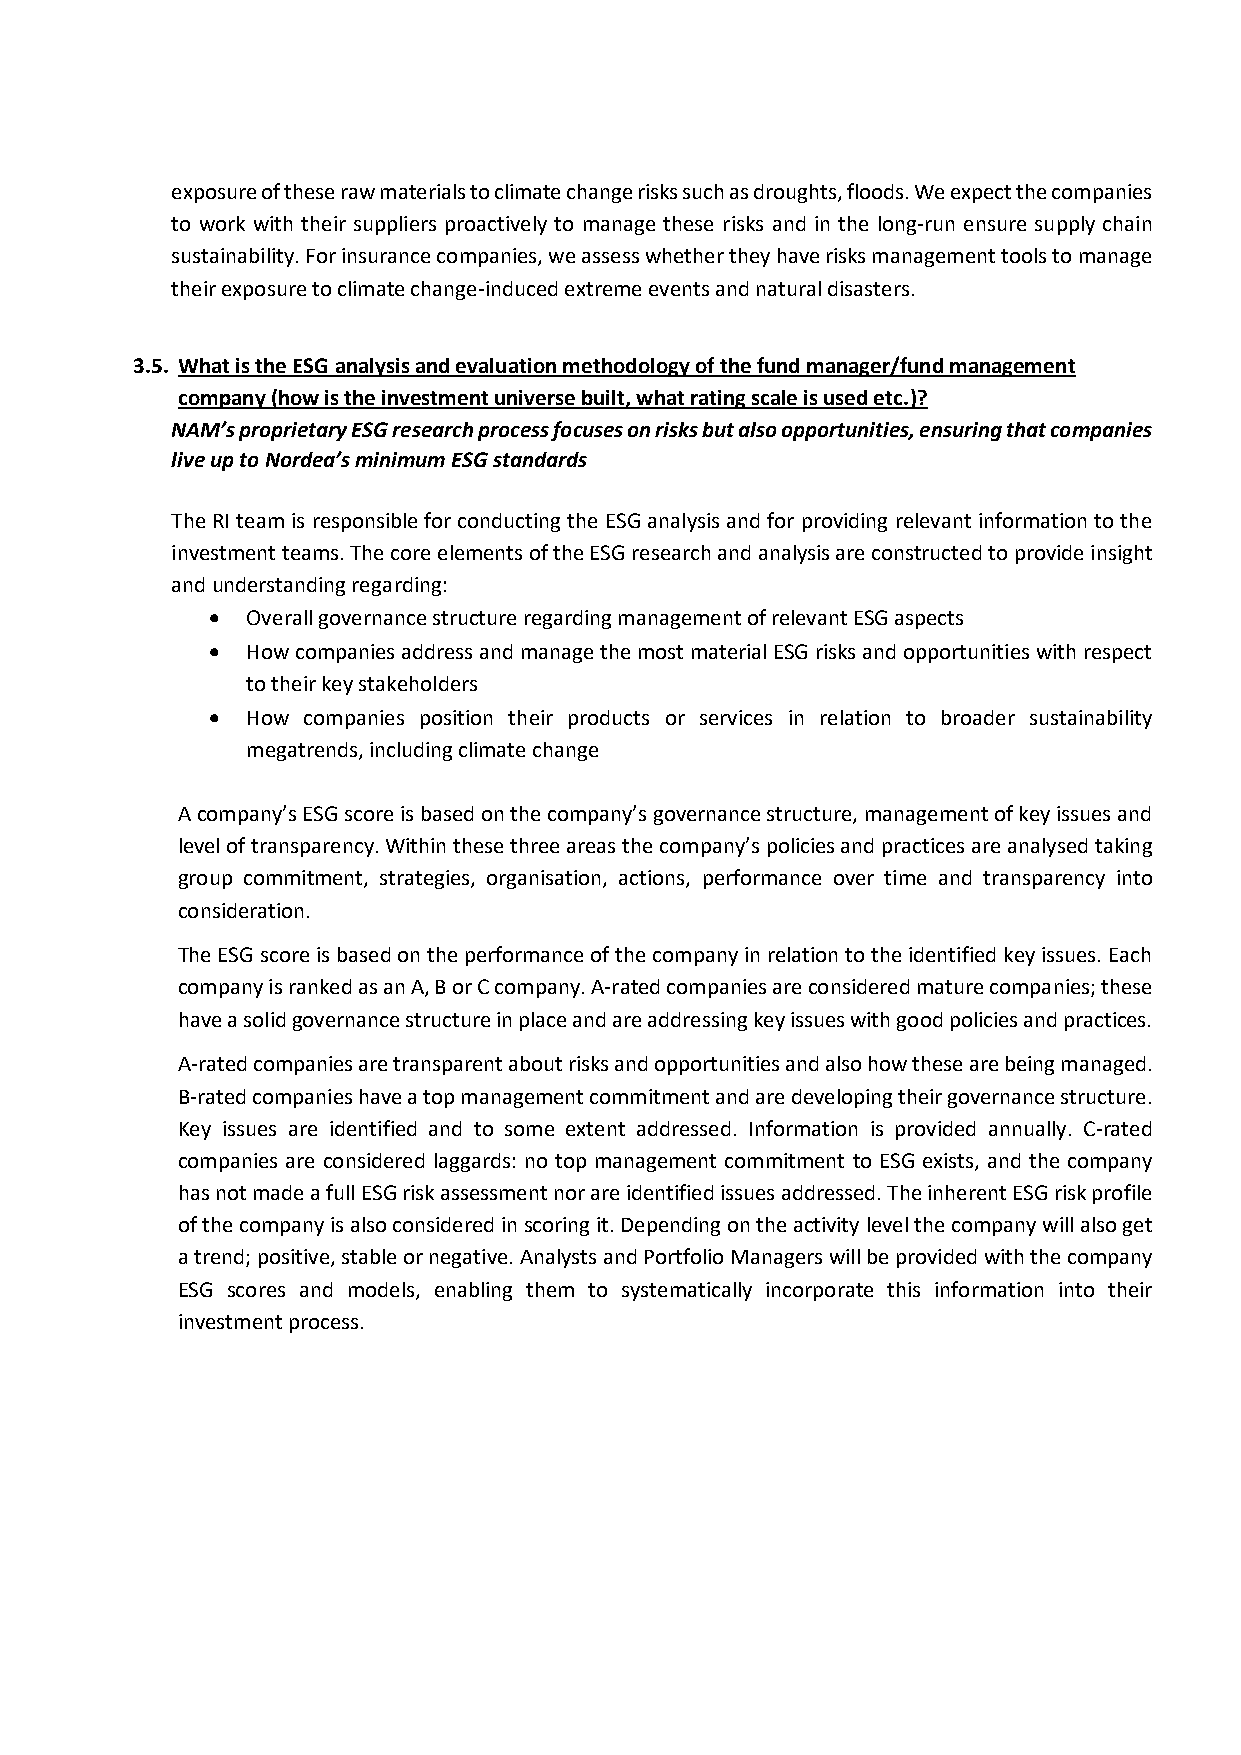
exposure of these raw materials to climate change risks such as droughts, floods. We expect the companies
 to work with their suppliers proactively to manage these risks and in the long-run ensure supply chain
 sustainability. For insurance companies, we assess whether they have risks management tools to manage
 their exposure to climate change-induced extreme events and natural disasters.
 3.5. What is the ESG analysis and evaluation methodology of the fund manager/fund management
 company (how is the investment universe built, what rating scale is used etc.)?
 NAM’s proprietary ESG research process focuses on risks but also opportunities, ensuring that companies
 live up to Nordea’s minimum ESG standards
 The RI team is responsible for conducting the ESG analysis and for providing relevant information to the
 investment teams. The core elements of the ESG research and analysis are constructed to provide insight
 and understanding regarding:
 • Overall governance structure regarding management of relevant ESG aspects
 • How companies address and manage the most material ESG risks and opportunities with respect
 to their key stakeholders
 • How companies position their products or services in relation to broader sustainability
 megatrends, including climate change
 A company’s ESG score is based on the company’s governance structure, management of key issues and
 level of transparency. Within these three areas the company’s policies and practices are analysed taking
 group commitment, strategies, organisation, actions, performance over time and transparency into
 consideration.
 The ESG score is based on the performance of the company in relation to the identified key issues. Each
 company is ranked as an A, B or C company. A-rated companies are considered mature companies; these
 have a solid governance structure in place and are addressing key issues with good policies and practices.
 A-rated companies are transparent about risks and opportunities and also how these are being managed.
 B-rated companies have a top management commitment and are developing their governance structure.
 Key issues are identified and to some extent addressed. Information is provided annually. C-rated
 companies are considered laggards: no top management commitment to ESG exists, and the company
 has not made a full ESG risk assessment nor are identified issues addressed. The inherent ESG risk profile
 of the company is also considered in scoring it. Depending on the activity level the company will also get
 a trend; positive, stable or negative. Analysts and Portfolio Managers will be provided with the company
 ESG scores and models, enabling them to systematically incorporate this information into their
 investment process.